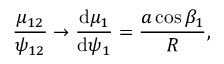
\frac { \mu _ { 1 2 } } { \psi _ { 1 2 } } \rightarrow \frac { \mathrm d \mu _ { 1 } } { \mathrm d \psi _ { 1 } } = \frac { a \cos \beta _ { 1 } } R ,